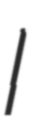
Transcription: I